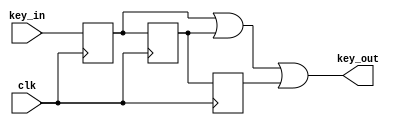
`timescale 1ns / 1ps
//////////////////////////////////////////////////////////////////////////////////
// Company: 
// Engineer: 
// 
// Design Name: 
// Module Name: debouncing
// Project Name: 
// Target Devices: 
// Tool Versions: 
// Description: 
// 
// Dependencies: 
// 
// Revision:
// Revision 0.01 - File Created
// Additional Comments:
// 
//////////////////////////////////////////////////////////////////////////////////


module debouncing(clk,key_in,key_out);
    input clk;
    input key_in;
    output key_out;
    reg dout1,dout2,dout3;
    assign key_out = dout1 | dout2 | dout3;
    always@(posedge clk) begin
        dout1<=key_in;
        dout2<=dout1;
        dout3<=dout2;
    end
endmodule